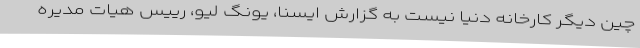
چین دیگر کارخانه دنیا نیست به گزارش ایسنا، یونگ لیو، رییس هیات مدیره